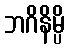
ဘဂိနိမ္ပိ